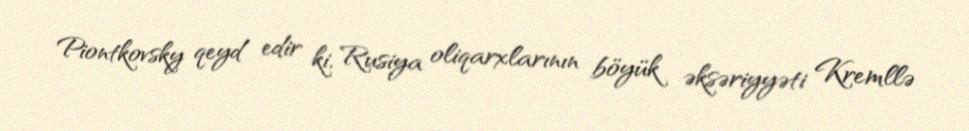
Piontkovsky qeyd edir ki, Rusiya oliqarxlarının böyük əksəriyyəti Kremllə